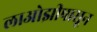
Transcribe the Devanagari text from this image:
लाओझीपासून